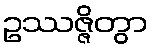
ဥဿဇ္ဇိတွာ